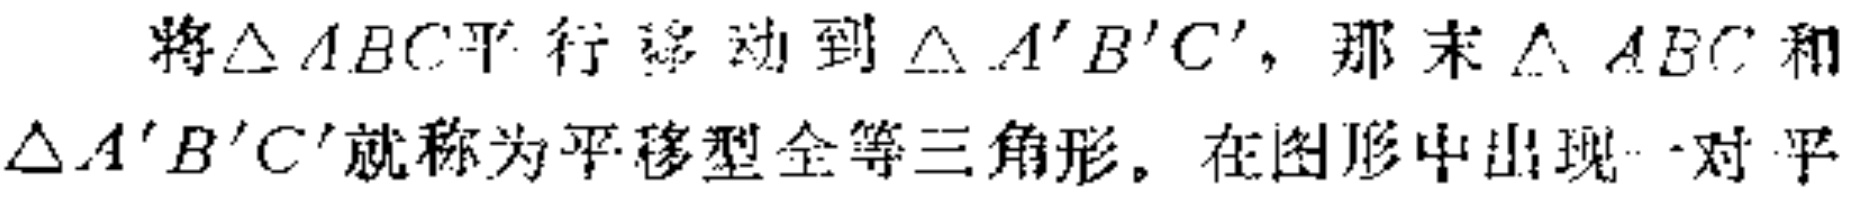
将$\triangle ABC$平行移动到$\triangle A'B'C'$，那末$\triangle ABC$和$\triangle A'B'C'$就称为平移型全等三角形。在图形中出现一对平